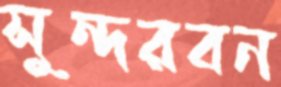
সুন্দরবন